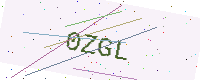
Text: 0ZGL